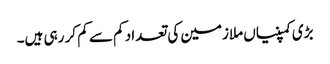
بڑی کمپنیاں ملازمین کی تعداد کم سے کم کر رہی ہیں۔